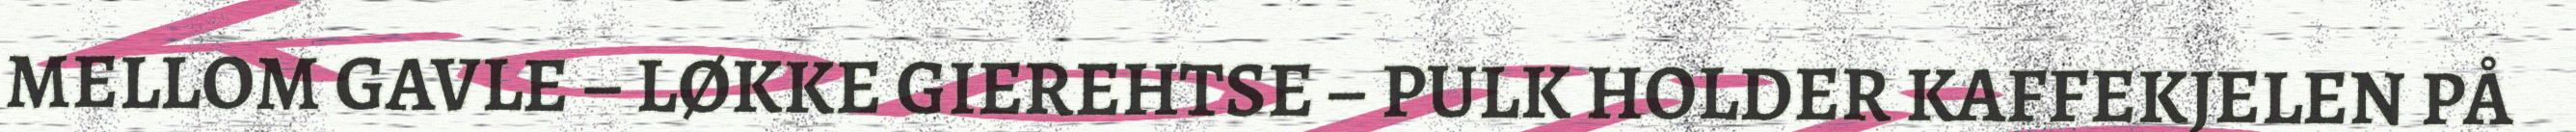
MELLOM GAVLE – LØKKE GIEREHTSE – PULK HOLDER KAFFEKJELEN PÅ